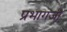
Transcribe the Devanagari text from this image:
प्रभागजी